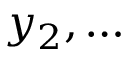
y _ { 2 } , \ldots